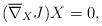
LaTeX: \begin{align*}(\overline{\nabla}_{X}J)X = 0,\end{align*}